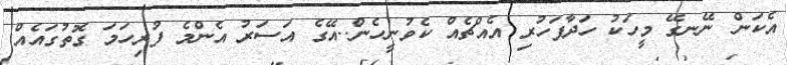
އެކަން ނޭނގޭ މީހަކު ހަދާފަހުރި އެއްޗެއް ކެވުނީހެން..އޭގެ އަސަރު އެންމެ ފުރިހަމަ ގޮތުގައެއް